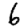
Digit: 6